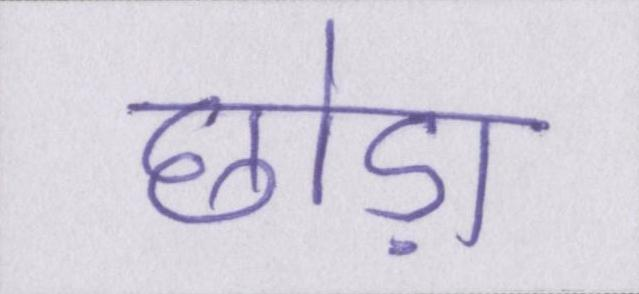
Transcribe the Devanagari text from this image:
छोड़ा